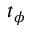
t _ { \phi }